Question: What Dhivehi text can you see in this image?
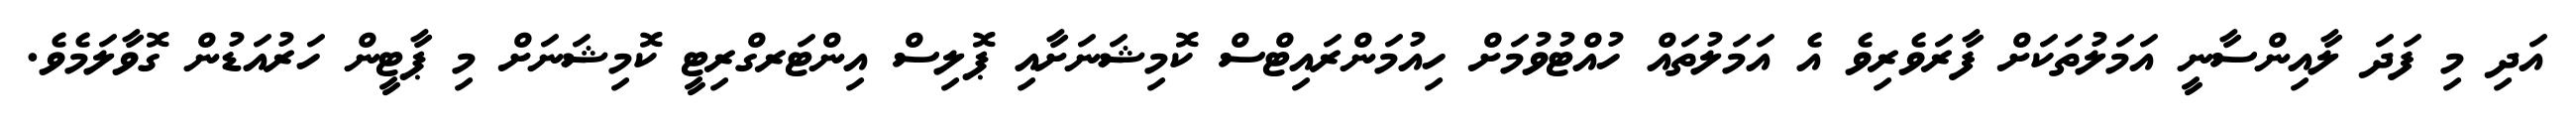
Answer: އަދި މި ފަދަ ލާއިންސާނީ އަމަލުތަކަށް ފާރަވެރިވެ އެ އަމަލުތައް ހުއްޓުވުމަށް ހިއުމަންރައިޓްސް ކޮމިޝަނަށާއި ޕޮލިސް އިންޓަރގްރިޓީ ކޮމިޝަނަށް މި ޕާޓީން ހަރުއަޑުން ގޮވާލަމެވެ.